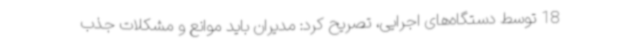
18 توسط دستگاه‌های اجرایی، تصریح کرد: مدیران باید موانع و مشکلات جذب